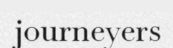
journeyers